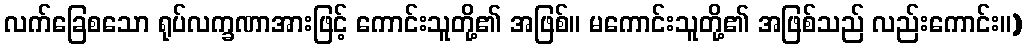
လက်ခြေစသော ရုပ်လက္ခဏာအားဖြင့် ကောင်းသူတို့၏ အဖြစ်။ မကောင်းသူတို့၏ အဖြစ်သည် လည်းကောင်း။)